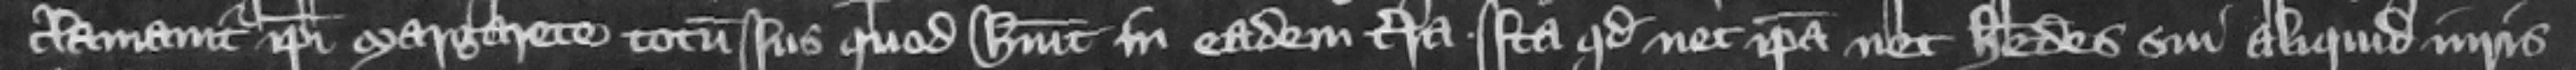
clamauit ipsi Margarete totum ius quod habuit in eadem terra. Ita quod nec ipsa nec heredes sui aliquid iuris